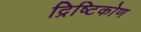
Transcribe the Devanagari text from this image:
द्रिष्टिकोण